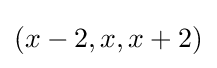
(x-2,x,x+2)